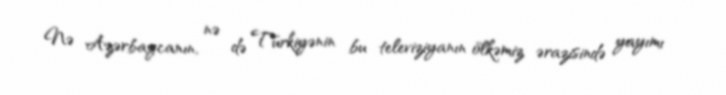
Nə Azərbaycanın, nə də Türkiyənin bu televiziyanın ölkəmiz ərazisində yayımı